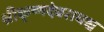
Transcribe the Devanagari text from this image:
श्रीकृष्णदेवरायश्च